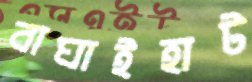
বাঘাইহাট